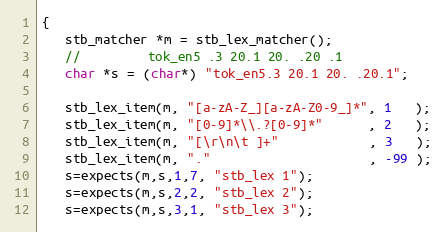
Language: C++
{
   stb_matcher *m = stb_lex_matcher();
   //         tok_en5 .3 20.1 20. .20 .1
   char *s = (char*) "tok_en5.3 20.1 20. .20.1";

   stb_lex_item(m, "[a-zA-Z_][a-zA-Z0-9_]*", 1   );
   stb_lex_item(m, "[0-9]*\\.?[0-9]*"      , 2   );
   stb_lex_item(m, "[\r\n\t ]+"            , 3   );
   stb_lex_item(m, "."                     , -99 );
   s=expects(m,s,1,7, "stb_lex 1");
   s=expects(m,s,2,2, "stb_lex 2");
   s=expects(m,s,3,1, "stb_lex 3");